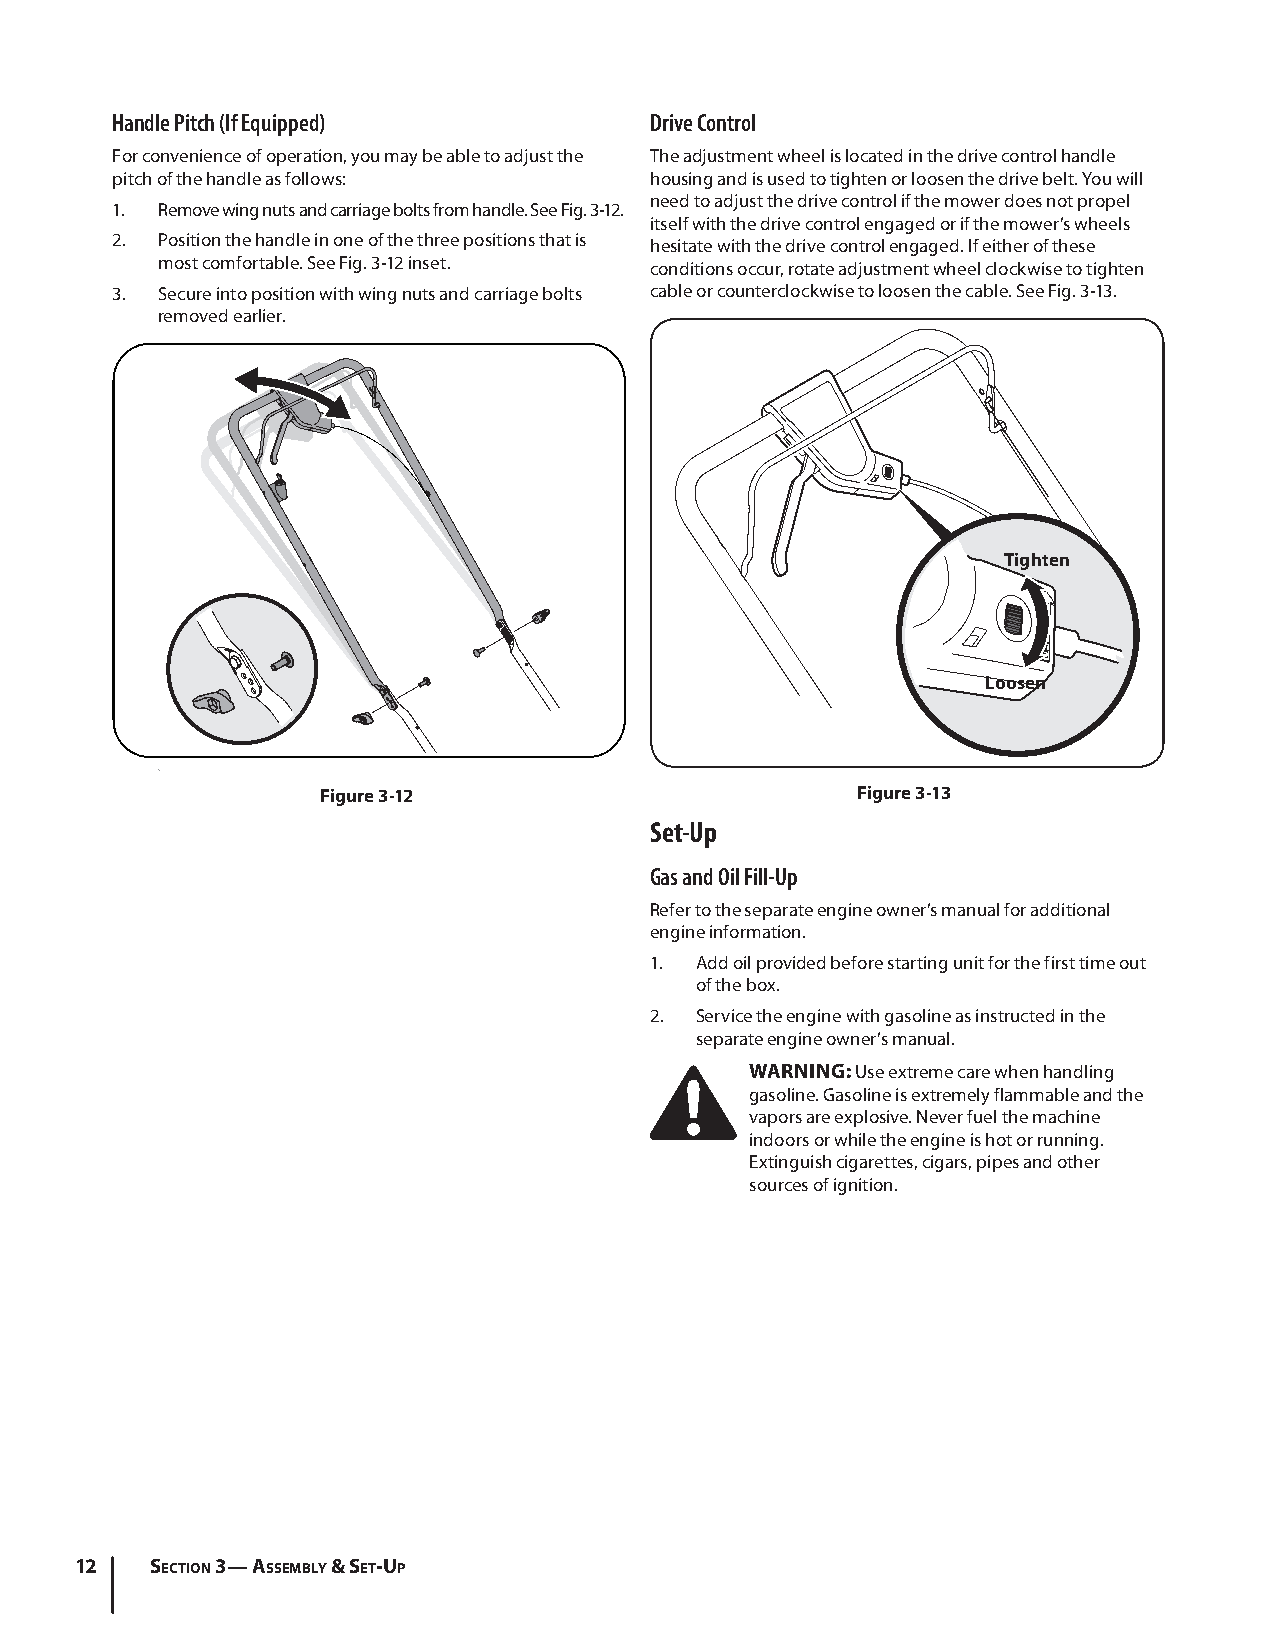
Handle Pitch (If Equipped)          Drive Control
 For convenience of operation, you may be able to adjust the The adjustment wheel is located in the drive control handle
 pitch of the handle as follows:     housing and is used to tighten or loosen the drive belt. You will
 need to adjust the drive control if the mower does not propel
 1. Remove wing nuts and carriage bolts from handle. See Fig. 3-12.
 itself with the drive control engaged or if the mower’s wheels
 2. Position the handle in one of the three positions that is hesitate with the drive control engaged. If either of these
 most comfortable. See Fig. 3-12 inset. conditions occur, rotate adjustment wheel clockwise to tighten
 3. Secure into position with wing nuts and carriage bolts cable or counterclockwise to loosen the cable. See Fig. 3-13.
 removed earlier.
 Tighten
 Loosen
 Figure 3-12                         Figure 3-13
 Set-Up
 Gas and Oil Fill-Up
 Refer to the separate engine owner’s manual for additional
 engine information.
 1. Add oil provided before starting unit for the first time out
 of the box.
 2. Service the engine with gasoline as instructed in the
 separate engine owner’s manual.
 WARNING: Use extreme care when handling
 gasoline. Gasoline is extremely flammable and the
 vapors are explosive. Never fuel the machine
 indoors or while the engine is hot or running.
 Extinguish cigarettes, cigars, pipes and other
 sources of ignition.
 12   Section 3— ASSembly & Set-Up